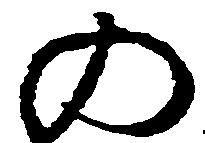
の